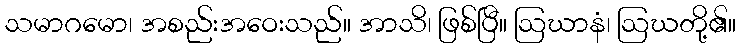
သမာဂမော၊ အစည်းအဝေးသည်။ အာသိ၊ ဖြစ်ပြီ။ ဩဃာနံ၊ ဩဃတို့၏။